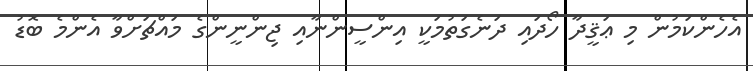
އެހެންކަމުން މި ޢަޤީދާ ހޯދައި ދަނެގަތުމަކީ އިންސީންނާއި ޖިންނީންގެ މައްޗަށްވާ އެންމެ ބޮޑު